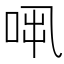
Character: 𠱨